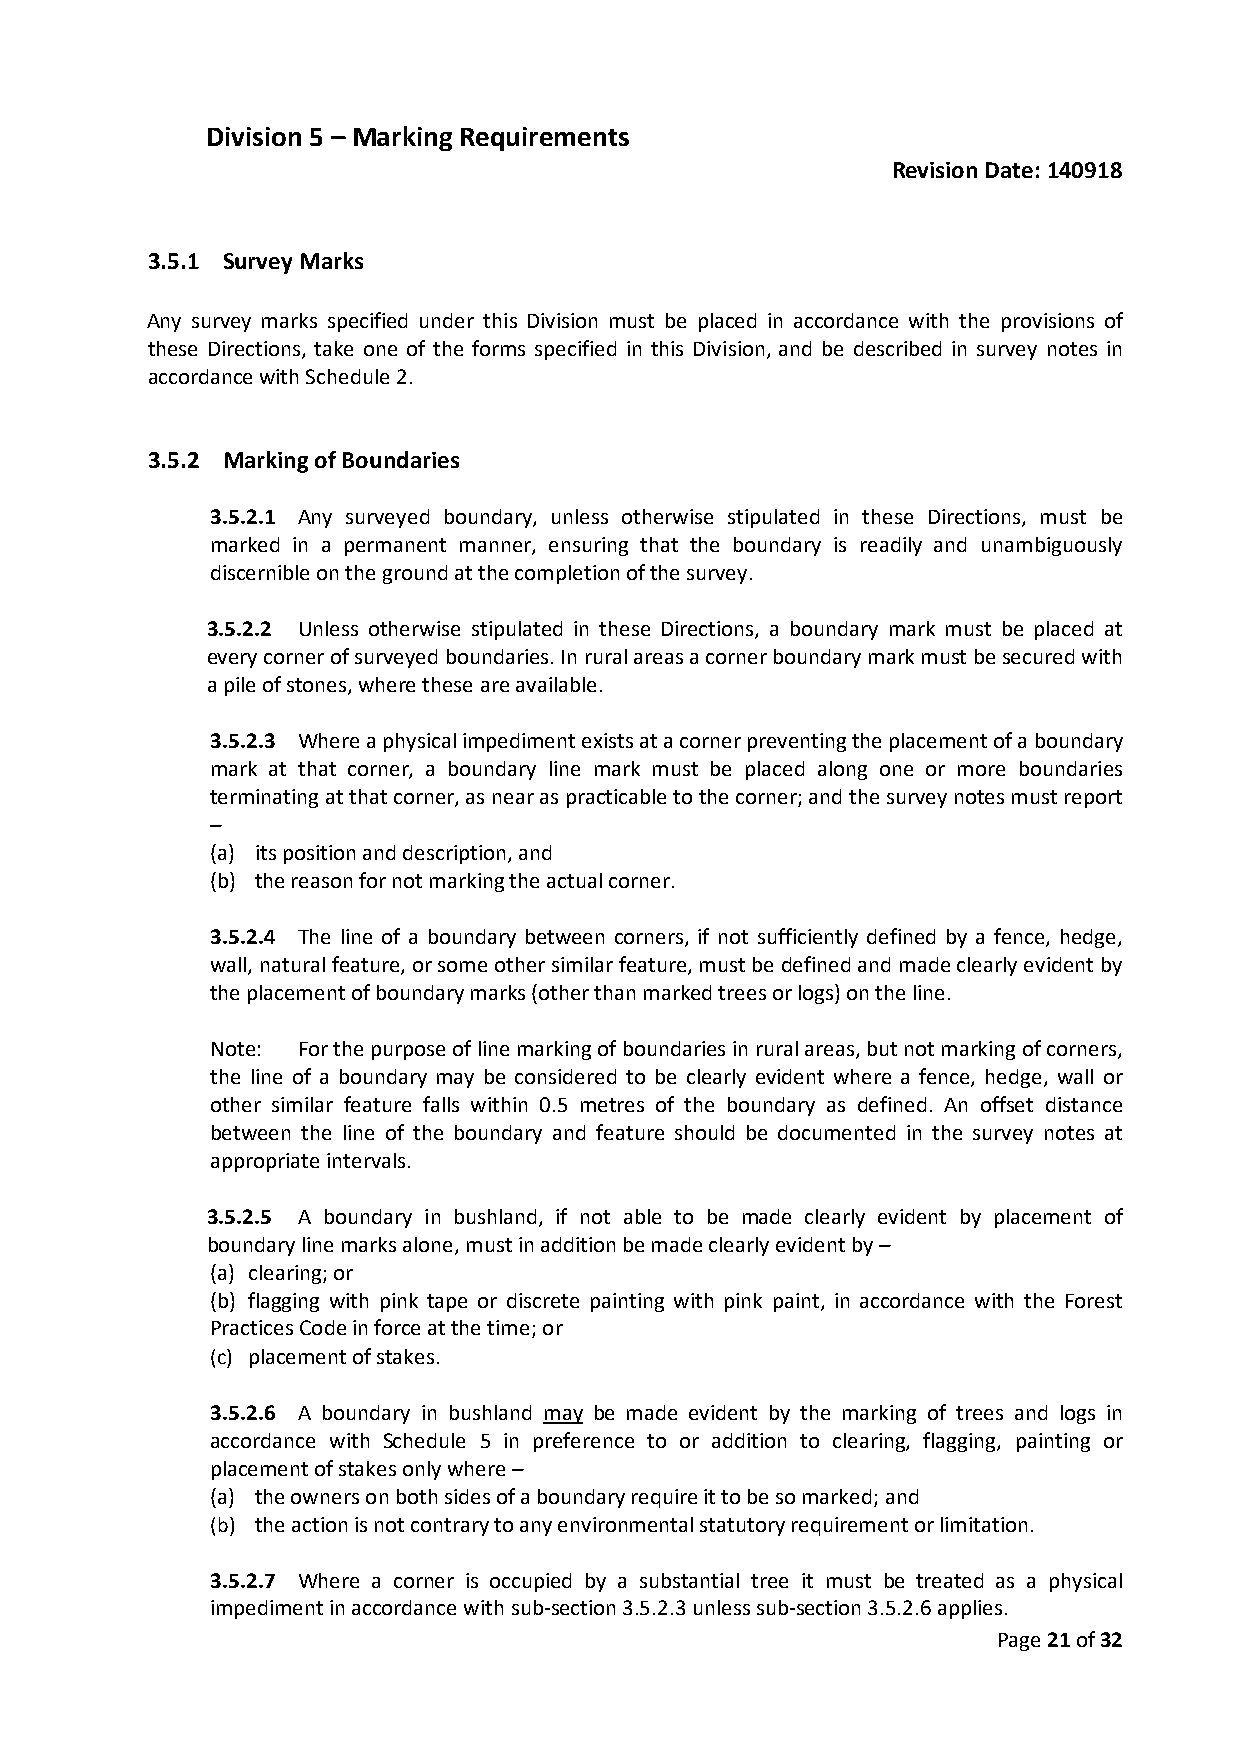
Division 5 – Marking Requirements
 Revision Date: 140918
 3.5.1 Survey Marks
 Any survey marks specified under this Division must be placed in accordance with the provisions of
 these Directions, take one of the forms specified in this Division, and be described in survey notes in
 accordance with Schedule 2.
 3.5.2 Marking of Boundaries
 3.5.2.1 Any surveyed boundary, unless otherwise stipulated in these Directions, must be
 marked in a permanent manner, ensuring that the boundary is readily and unambiguously
 discernible on the ground at the completion of the survey.
 3.5.2.2 Unless otherwise stipulated in these Directions, a boundary mark must be placed at
 every corner of surveyed boundaries. In rural areas a corner boundary mark must be secured with
 a pile of stones, where these are available.
 3.5.2.3 Where a physical impediment exists at a corner preventing the placement of a boundary
 mark at that corner, a boundary line mark must be placed along one or more boundaries
 terminating at that corner, as near as practicable to the corner; and the survey notes must report
 –
 (a) its position and description, and
 (b) the reason for not marking the actual corner.
 3.5.2.4 The line of a boundary between corners, if not sufficiently defined by a fence, hedge,
 wall, natural feature, or some other similar feature, must be defined and made clearly evident by
 the placement of boundary marks (other than marked trees or logs) on the line.
 Note: For the purpose of line marking of boundaries in rural areas, but not marking of corners,
 the line of a boundary may be considered to be clearly evident where a fence, hedge, wall or
 other similar feature falls within 0.5 metres of the boundary as defined. An offset distance
 between the line of the boundary and feature should be documented in the survey notes at
 appropriate intervals.
 3.5.2.5 A boundary in bushland, if not able to be made clearly evident by placement of
 boundary line marks alone, must in addition be made clearly evident by –
 (a) clearing; or
 (b) flagging with pink tape or discrete painting with pink paint, in accordance with the Forest
 Practices Code in force at the time; or
 (c) placement of stakes.
 3.5.2.6 A boundary in bushland may be made evident by the marking of trees and logs in
 accordance with Schedule 5 in preference to or addition to clearing, flagging, painting or
 placement of stakes only where –
 (a) the owners on both sides of a boundary require it to be so marked; and
 (b) the action is not contrary to any environmental statutory requirement or limitation.
 3.5.2.7 Where a corner is occupied by a substantial tree it must be treated as a physical
 impediment in accordance with sub-section 3.5.2.3 unless sub-section 3.5.2.6 applies.
 Page 21 of 32